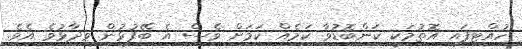
ހުއްޓިފައި އޮތުމަކީ ކަންބޮޑުވާ ކަމެއް ކަމަށް ވެސް އެ ބޭފުޅުން ވިދާޅުވެ އެވެ.